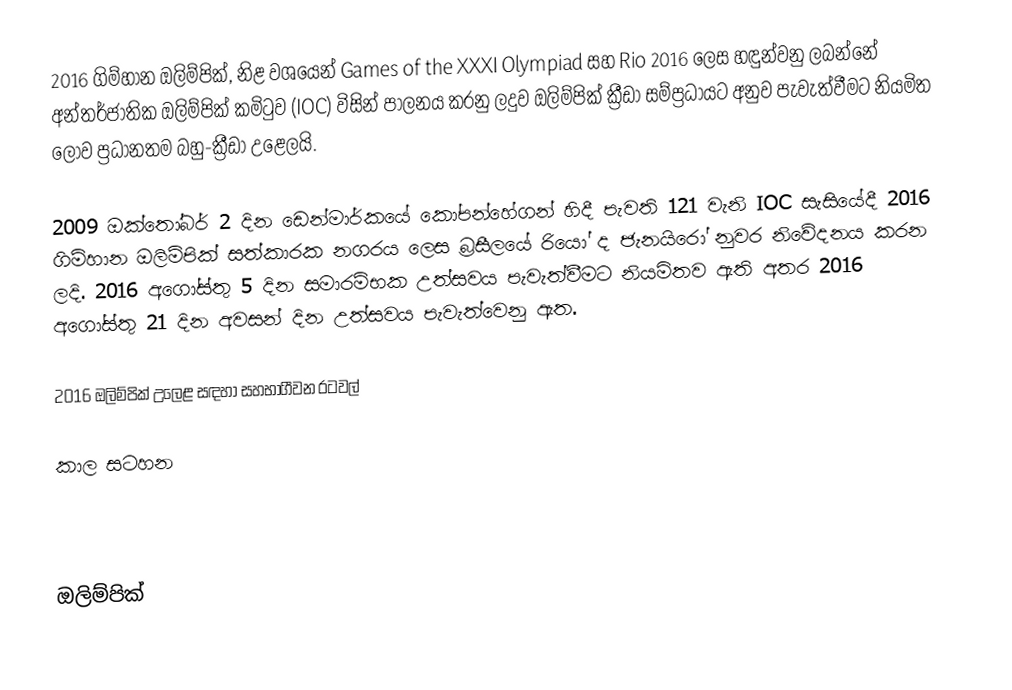
2016 ගිම්හාන ඔලිම්පික්, නිළ වශයෙන්  Games of the XXXI Olympiad සහ Rio 2016 ලෙස හඳුන්වනු ලබන්නේ අන්තර්ජාතික ඔලිම්පික් කමිටුව (IOC) විසින්  පාලනය කරනු ලදුව ඔලිම්පික් ක්‍රීඩා සම්ප්‍රධායට අනුව පැවැත්වීමට නියමිත ලොව ප්‍රධානතම  බහු-ක්‍රීඩා උළෙලයි.

2009 ඔක්තෝබර් 2 දින ඩෙන්මාර්කයේ කෝපන්හේගන් හිදී පැවති 121 වැනි IOC සැසියේදී 2016 ගිම්හාන ඔලිම්පික් සත්කාරක නගරය ලෙස බ්‍රසීලයේ රියෝ ද ජැනයිරෝ නුවර නිවේදනය කරන ලදි. 2016 අගෝස්තු 5 දින සමාරම්භක උත්සවය පැවැත්වීමට නියමිතව ඇති අතර 2016 අගෝස්තු 21 දින අවසන් දින උත්සවය පැවැත්වෙනු ඇත.

2016 ඔලිම්පික් උලෙළ සඳහා සහභාගීවන රටවල්

කාල සටහන

ඔලිම්පික්